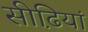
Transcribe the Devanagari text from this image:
सीढि़यां